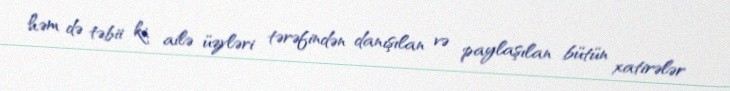
həm də təbii ki, ailə üzvləri tərəfindən danışılan və paylaşılan bütün xatirələr